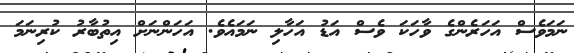
ނަމަވެސް އަހަރެންގެ ވާހަކަ ވެސް އަޑު އަހާލި ނަމައެވެ. އަހަންނަށް އިތުބާރު ކުރިނަމަ